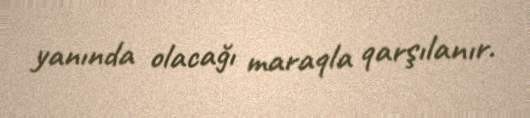
yanında olacağı maraqla qarşılanır.